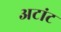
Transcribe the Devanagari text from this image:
अटांट